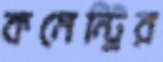
কমেন্ট্রির